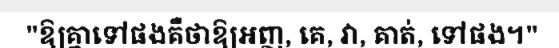
"ឱ្យគ្នាទៅផងគឺថាឱ្យអញ, គេ, វា, គាត់, ទៅផង។"